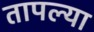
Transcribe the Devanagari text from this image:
तापल्या